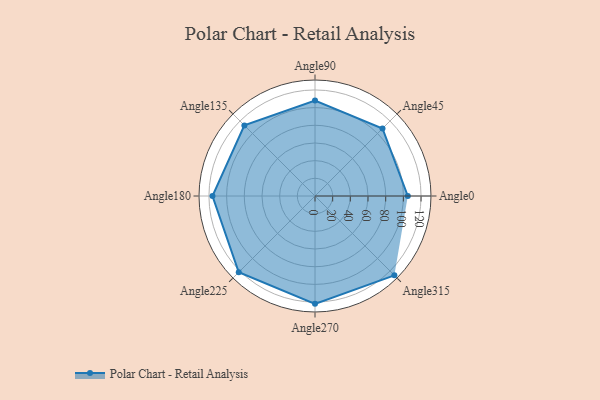
{"axis": {"x": "Angle", "y": "Radius"}, "legend": [""], "data": [{"x": "Angle0", "y": 105.0, "type": ""}, {"x": "Angle45", "y": 108.0, "type": ""}, {"x": "Angle90", "y": 108.0, "type": ""}, {"x": "Angle135", "y": 113.0, "type": ""}, {"x": "Angle180", "y": 116.0, "type": ""}, {"x": "Angle225", "y": 122.0, "type": ""}, {"x": "Angle270", "y": 122.0, "type": ""}, {"x": "Angle315", "y": 127.0, "type": ""}]}